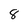
Character: 8